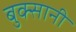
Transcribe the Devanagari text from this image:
बुक्सानी